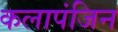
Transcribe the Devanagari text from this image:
कलापंजिन